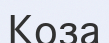
Коза